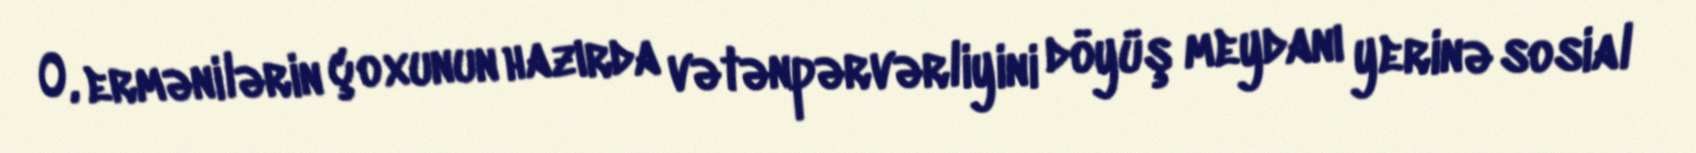
O, ermənilərin çoxunun hazırda vətənpərvərliyini döyüş meydanı yerinə sosial